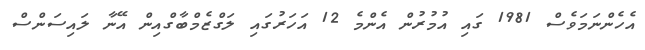
އެހެންނަމަވެސް 1981 ގައި އުމުރުން އެންމެ 12 އަހަރުގައި ލަގްޒެމްބާގްއިން އޭނާ ލައިސަންސް